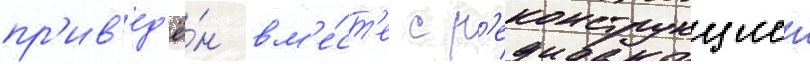
пр'ив'ед'ё́н вм'е́ст'е с р'еконструкциеи